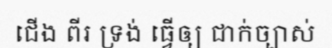
ជើង ពីរ ទ្រង់ ធ្វើឲ្យ ជាក់ច្បាស់